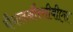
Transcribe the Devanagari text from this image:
चैनलऔरसीबीएस